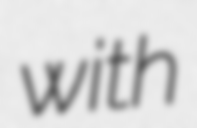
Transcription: with